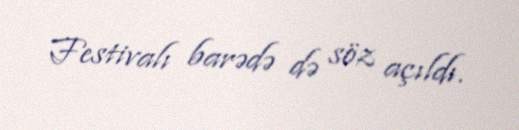
Festivalı barədə də söz açıldı.